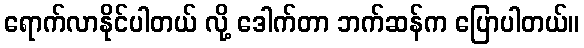
ရောက်လာနိုင်ပါတယ် လို့ ဒေါက်တာ ဘက်ဆန်က ပြောပါတယ်။